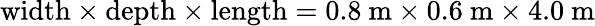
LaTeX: \mathrm{width}\times\mathrm{depth}\times\mathrm{length}=0.8~\mathrm{m}\times 0.6~\mathrm{m}\times 4.0~\mathrm{m}